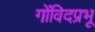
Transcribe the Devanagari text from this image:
गोंविदप्रभू